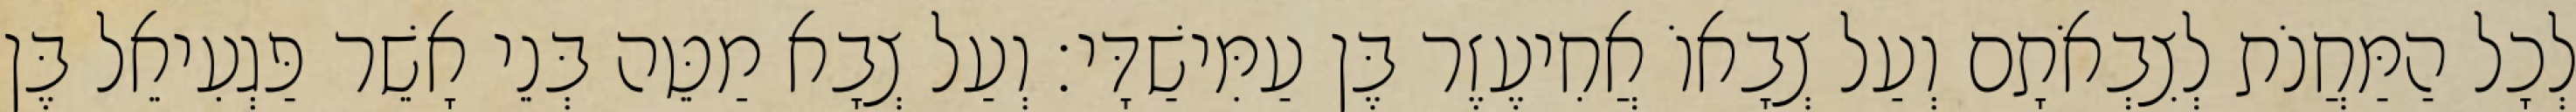
לְכָל הַמַּחֲנֹת לְצִבְאֹתָם וְעַל צְבָאוֹ אֲחִיעֶזֶר בֶּן עַמִּישַׁדָּי׃ וְעַל צְבָא מַטֵּה בְּנֵי אָשֵׁר פַּגְעִיאֵל בֶּן